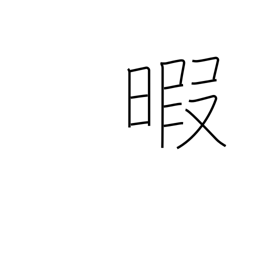
Meaning: spare time